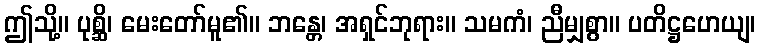
ဤသို့။ ပုစ္ဆိ၊ မေးတော်မူ၏။ ဘန္တေ၊ အရှင်ဘုရား။ သမကံ၊ ညီမျှစွာ။ ပတိဋ္ဌဟေယျ၊